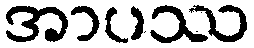
အာပဿ